Vaccination returns of the Province of Eastern Bengal and Assam - 1905-1912
Year: 1905
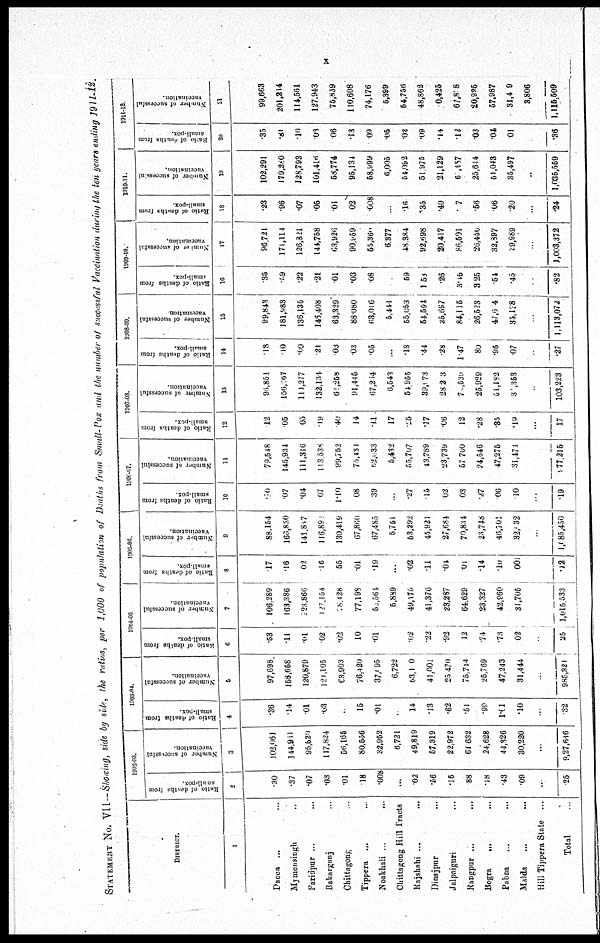
x
STATEMENT No. VII—Showing, side by side, the ratios, per 1,000 of population of Deaths from Small-Pox and the number of successful Vaccination during the ten years ending 1911-12.
District.
1
Dacca ... ...
Mymensingh ...
Faridpur ... ...
Balkarganj ... ...
Chittagong ...
Tippera ... ...
Noakhali ... ...
Chittagong Hill Tracts
Rajshahi ... ...
Dinajpur ... ...
Jalpniguri ...
Rangpur ... ...
Bogra
... ...
Pabna ... ...
Malda ... ...
Hill Tippera State ...
Total ...
1902-03.
Ratio of deaths from
small-pox.
2
.30
.37
.07
.03
.01
.18
.008
...
.02
.56
.15
88
.18
.43
.09
...
25
Number of successful
vaccination.
3
102,061
144,911
95,520
117,824
56,165
80,556
32,952
6,721
49,819
57,319
22,972
61,632
24,628
44,326
30,220
...
9,27,646
1903-04.
Ratio of deaths from
small-pox.
4
.36
.14
.01
.03
.
.15
.01
.
.14
.13
.62
.51
.99
1.01
.10
...
.32
Number of successful
vaccination.
5
97,698
158,658
120,879
121,105
63,903
76,420
37,095
6,722
53,110
41,001
25,470
75,714
25,769
47,243
31,444
...
985,321
1904-05
R atio of deaths from
small-pox.
6
.53
.11
.01
.02
.02
.10
.01
...
.02
.22
.93
.12
.4
.73
.02
...
.25
Number of successful
vaccination.
7
106,289
163,386
223,866
127,154
28,428
77,193
50,564
5,889
49,175
41,376
23,287
64,629
23,327
42,960
31,705
...
1,015,533
1005-06.
Ratio of deaths from
small-pox.
8
.17
.16
.02
.16
.55
.01
.19
...
.02
.11
.04
.01
.14
.10
.001
...
.02
Number of successful
vaccination.
9
88,154
166,830
141,847
116,891
130,419
67,860
67,485
5,751
53,292
45,921
27,684
70,834
23,748
46,701
32,132
...
1,085,450
1906-07.
Ratio of deaths from
small-pox
10
.10
.07
.04
.07
1.10
.08
.39
...
.27
.15
.02
.03
.27
.06
.10
...
.19
Number of successful
vaccination.
11
79,548
145,934
111,316
113,538
99,752
75,431
62,033
6,432
55,707
43,789
23,739
57,700
24,546
47,275
31,471
...
977,216
1907-08.
Ratio of deaths from
small-pox.
12
.12
.05
.05
.19
.40
.14
.11
.17
.15
.17
.06
.12
.28
.35
.19
...
.17
Number of successful
vaccination.
13
96,851
156,067
111,277
132,134
61,258
91,445
67,254
6,543
54,955
39,973
28,2 3
70,539
25,929
51,182
31,353
...
103,223
1908-09.
Ratio of deaths from
small-pox.
14
.18
.10
.09
.21
.03
.03
.05
...
.13
.44
.28
1.47
.80
.96
.07
...
.27
Number of successful
vaccination
15
99,843
18l,983
136,135
146,408
63,329
88.080
63,016
5,444
55,053
54,694
25,687
84,115
26,623
47,604
35,178
...
1,113,072
1909-10.
Ratio of deaths from
small-pox.
16
.35
.59
.22
.21
.01
.03
.08
...
.59
1.53
.26
3.45
3.25
.54
.45
...
.82
Number of successful
vaccination.
17
96,721
171,114
126,821
144,758
63,926
90,959
55,360
6,377
48,384
92,698
20,417
86,501
26,450
32,397
39,989
...
1,003,372
1910-11.
Ratio of deaths from
small-pox.
18
.23
.96
.07
.06
.01
.02
.008
...
.16
.35
.40
.07
.56
.06
.20
...
.24
Number of successful
vaccination.
19
102,291
179,280
128,793
101,416
58,774
96,134
58,999
6,005
54,092
51,975
21,129
60,487
25,614
61,043
35,497
...
1,035,559
1911-12.
Ratio of deaths from
small-pox.
20
.35
.81
.10
.03
.06
.13
.09
.06
.02
.09
.14
.12
.03
.04
.01
...
.36
Number of successful
vaccination.
21
99,663
201,214
114,561
127,943
75,839
110,608
74,176
5,399
54,756
48,862
0,425
67,808
20,925
57,987
31,409
3,806
1,115,509